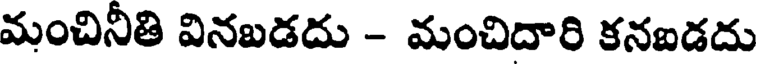
మంచినీతి వినబడదు - మంచిదారి కనఐడదు